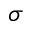
\sigma